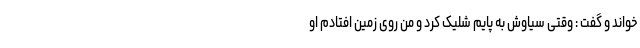
خواند و گفت : وقتی سیاوش به پایم شلیک کرد و من روی زمین افتادم او